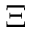
\Xi